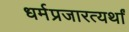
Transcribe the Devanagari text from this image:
धर्मप्रजारत्यर्थां